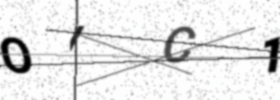
Text: OIC1